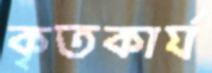
কৃতকার্য